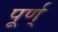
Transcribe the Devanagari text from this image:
पूर्ण्